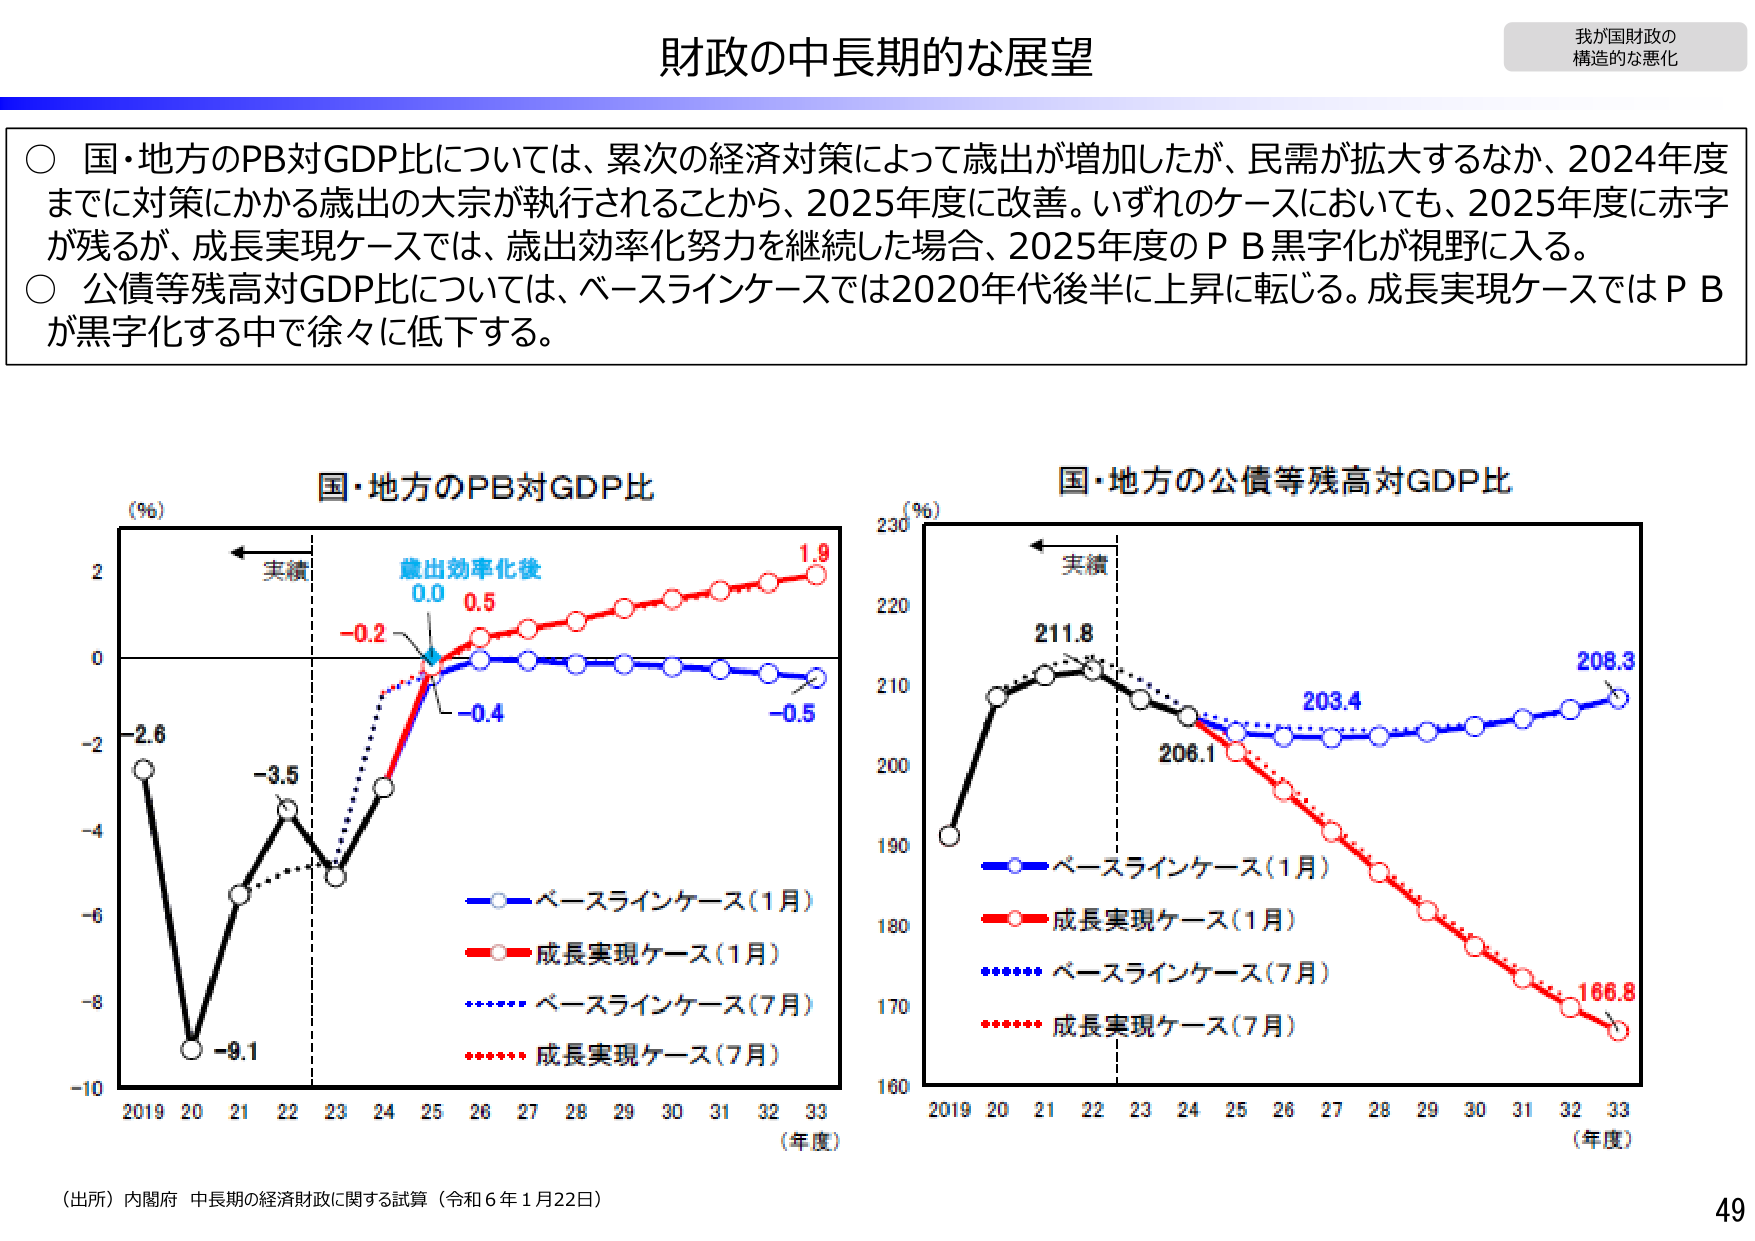
財政の中長期的な展望

我が国財政の
構造的な悪化

○ 国・地方のPB対GDP比については、累次の経済対策によって歳出が増加したが、民需が拡大するなか、2024年度
までに対策にかかる歳出の大宗が執行されることから、2025年度に改善。いずれのケースにおいても、2025年度に赤字
が残るが、成長実現ケースでは、歳出効率化努力を継続した場合、2025年度のＰＢ黒字化が視野に入る。
○ 公債等残高対GDP比については、ベースラインケースでは2020年代後半に上昇に転じる。成長実現ケースではＰＢ
が黒字化する中で徐々に低下する。

国・地方のPB対GDP比
(％)
実績
歳出効率化後
0.0 0.5
-0.2
-0.4
-0.5
1.9
-2.6
-3.5
-9.1
2019 20 21 22 23 24 25 26 27 28 29 30 31 32 33
（年度）
- ベースラインケース（1月）
- 成長実現ケース（1月）
- ベースラインケース（7月）
- 成長実現ケース（7月）

国・地方の公債等残高対GDP比
(％)
実績
211.8
203.4
206.1
208.3
166.8
160
170
180
190
200
210
220
230
2019 20 21 22 23 24 25 26 27 28 29 30 31 32 33
（年度）
- ベースラインケース（1月）
- 成長実現ケース（1月）
- ベースラインケース（7月）
- 成長実現ケース（7月）

（出所）内閣府 中長期の経済財政に関する試算（令和6年1月22日）

49